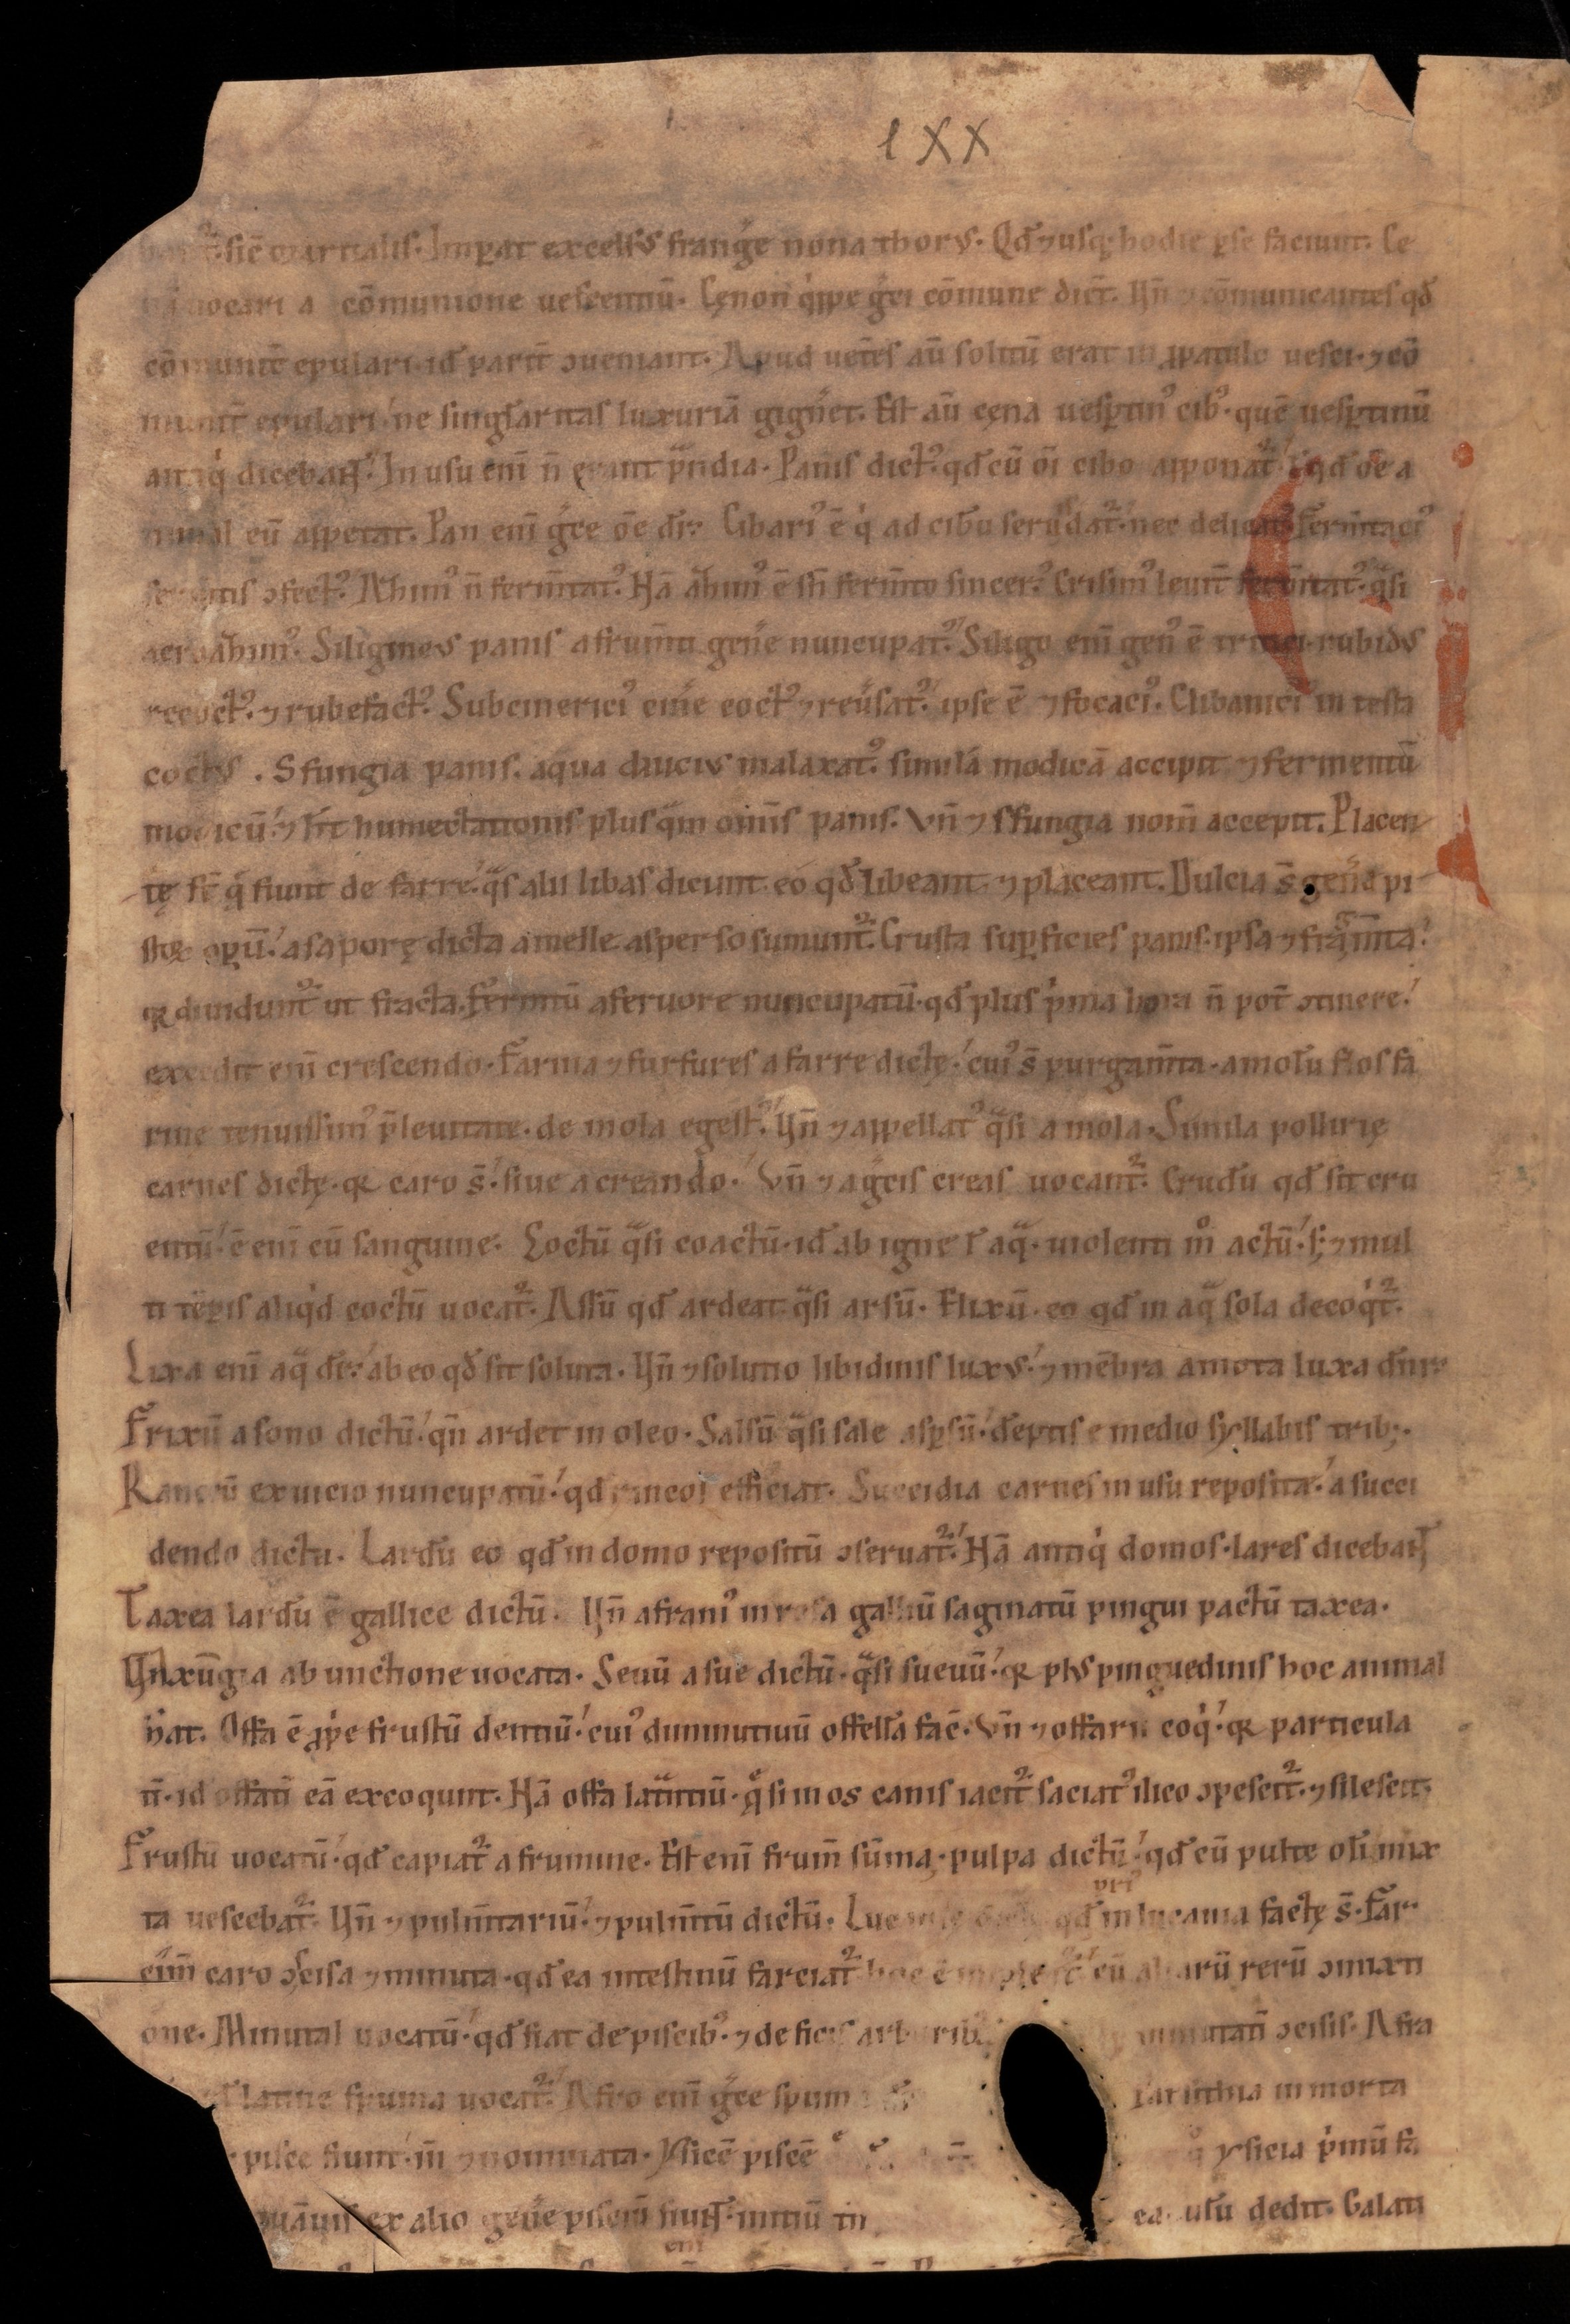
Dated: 1100–1199